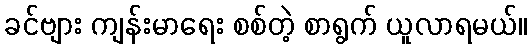
ခင်ဗျား ကျန်းမာရေး စစ်တဲ့ စာရွက် ယူလာရမယ်။